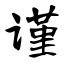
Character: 谨